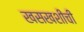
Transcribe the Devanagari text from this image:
खसखशीची